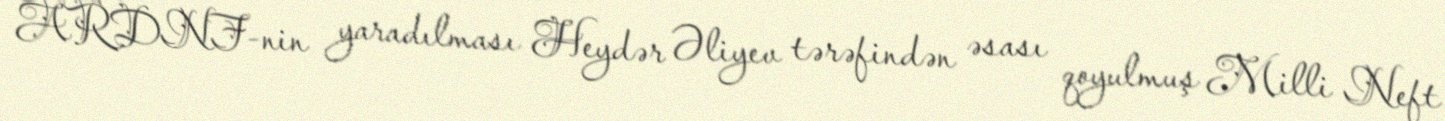
ARDNF-nin yaradılması Heydər Əliyev tərəfindən əsası qoyulmuş Milli Neft